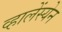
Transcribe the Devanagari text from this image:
व्हालेंस्येन